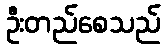
ဦးတည်စေသည်